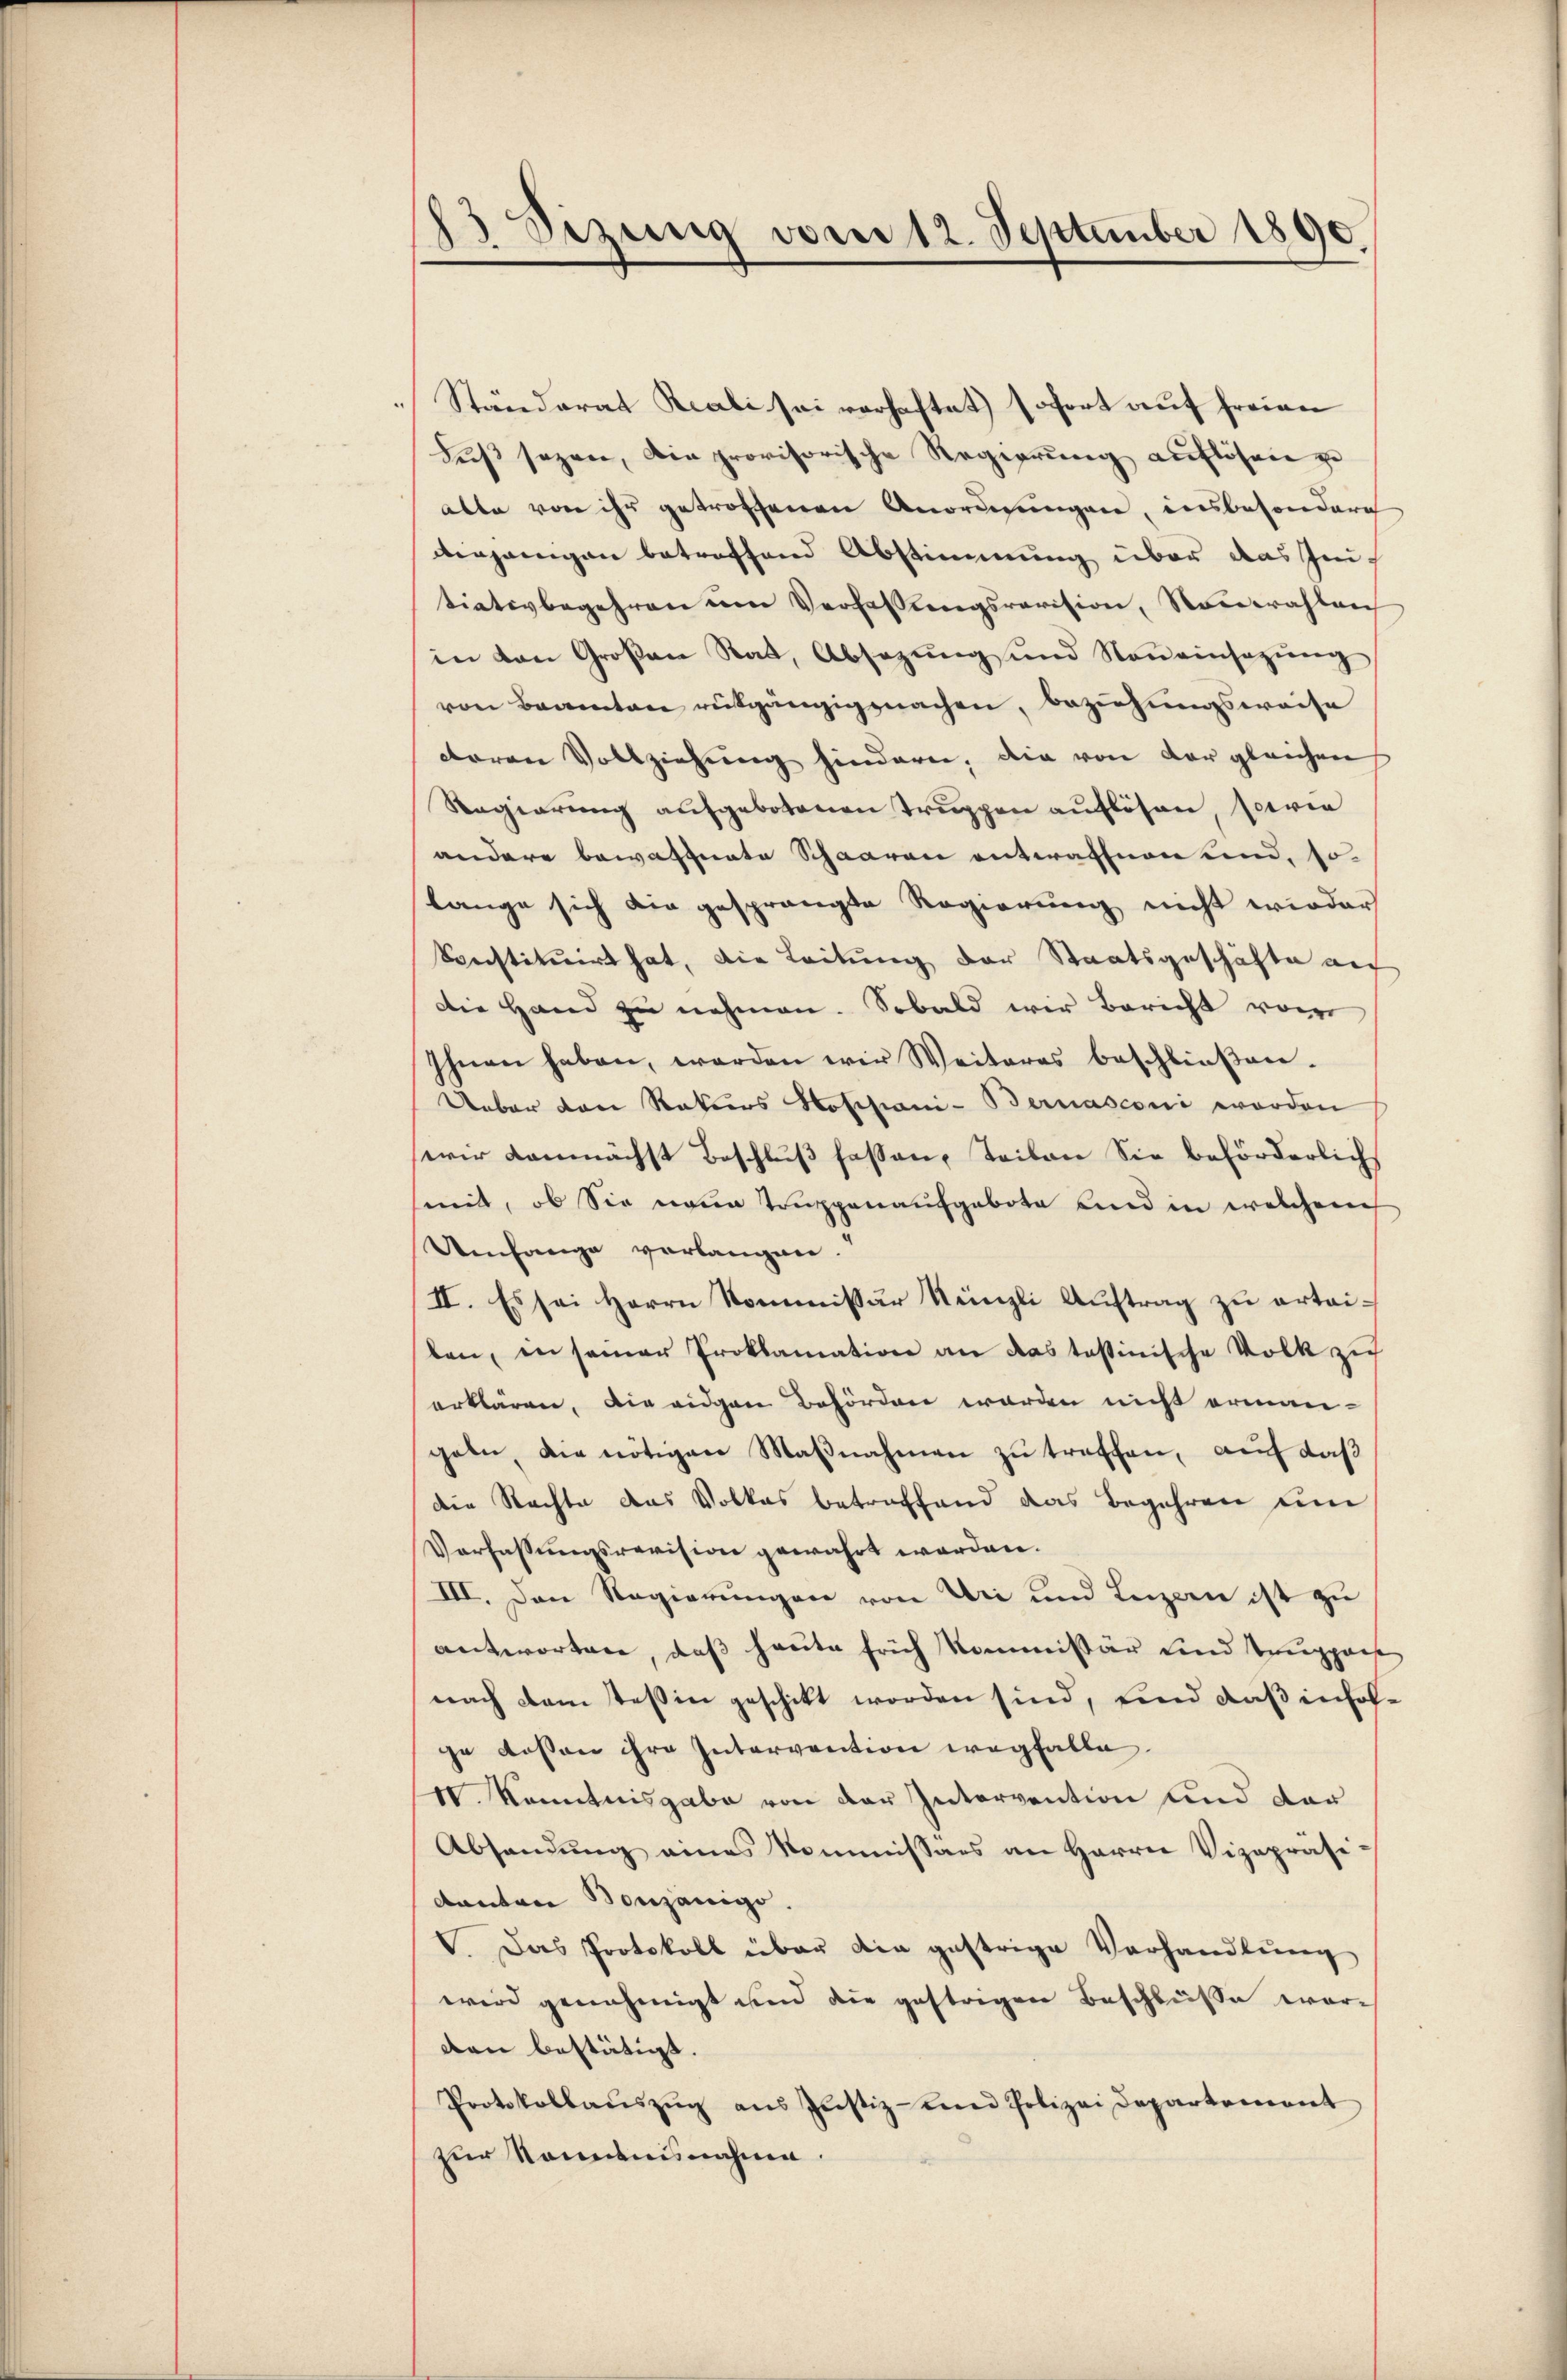
.

83 Sizung vom 12. September 1890

Ständerat Reali sei verhaftet sofort auf freien
deß sezen, die provisorische Regierung auflösen zu
alle von ihr getroffenen Anordnungen, insbesondere
vergangen betreffend Abstimmung über das Zutiativbegehren um Verfassungsrevision, Neuwahlen
in den Großen Rat, Absezung und Noneinsazung
von Beamten rütgängig machen, beziehungsweise
doren Vollziehŭng hindern. Die von der gleichen
Regierung aufgebotenen Truppen auflösen, sowie
andere bewaffnete Schaaren entwaffnen und, so
lange sich die gesprängte Regierung nicht wieder
konstituirt hat, die Leitung der Staatsgeschäfte auf
Die Hand zu nehmen. Sobald wir Bericht von
Ihnen haben, werden wir Weiteres beschlieβen.
Ueber von Rekurs Hospani- Bernasconi worden
wir demnächst Beschluß fassen, Teilen Sie beförderlich
smit, ob Sie neue Truppenaufgebote und in welchen
Umfange verlangen.
II. Es sei Herrn Kommissär Nünzli Auftrag zu ertaiten, in seiner Proklamation an das tastinische Volk zu
erklären, die eidgen Behörden werden nicht erman-
geln, die nötigen Maβnahmen zu treffen, auf das
die Nachte das Volkes betreffend das Begehren um
Verfassungsrevision gewahrt worden.
III. Den Regierungen von Uri und Luzern ist zu
antworten, daß heute früh Kommissär und Truppach
nach dem Teßin geschickt worden sind, und daß infolge dessen ihre Intervention wegfalle.
VV. Kenntnisgabe von der Intervention und dar
Abhandung eines Kommissars an Harrer Vizepräsi-
danten Bonzänigo.
V. Das Protokoll über die gestrige Verhandlung
wird genehmigt und die gestrigen Beschlüsse war-
den bestätigt.
Protokollaŭszŭg aŭs Justiz- und Polizei Departemont
zur Kommisnahme